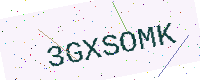
Text: 3GXSOMK